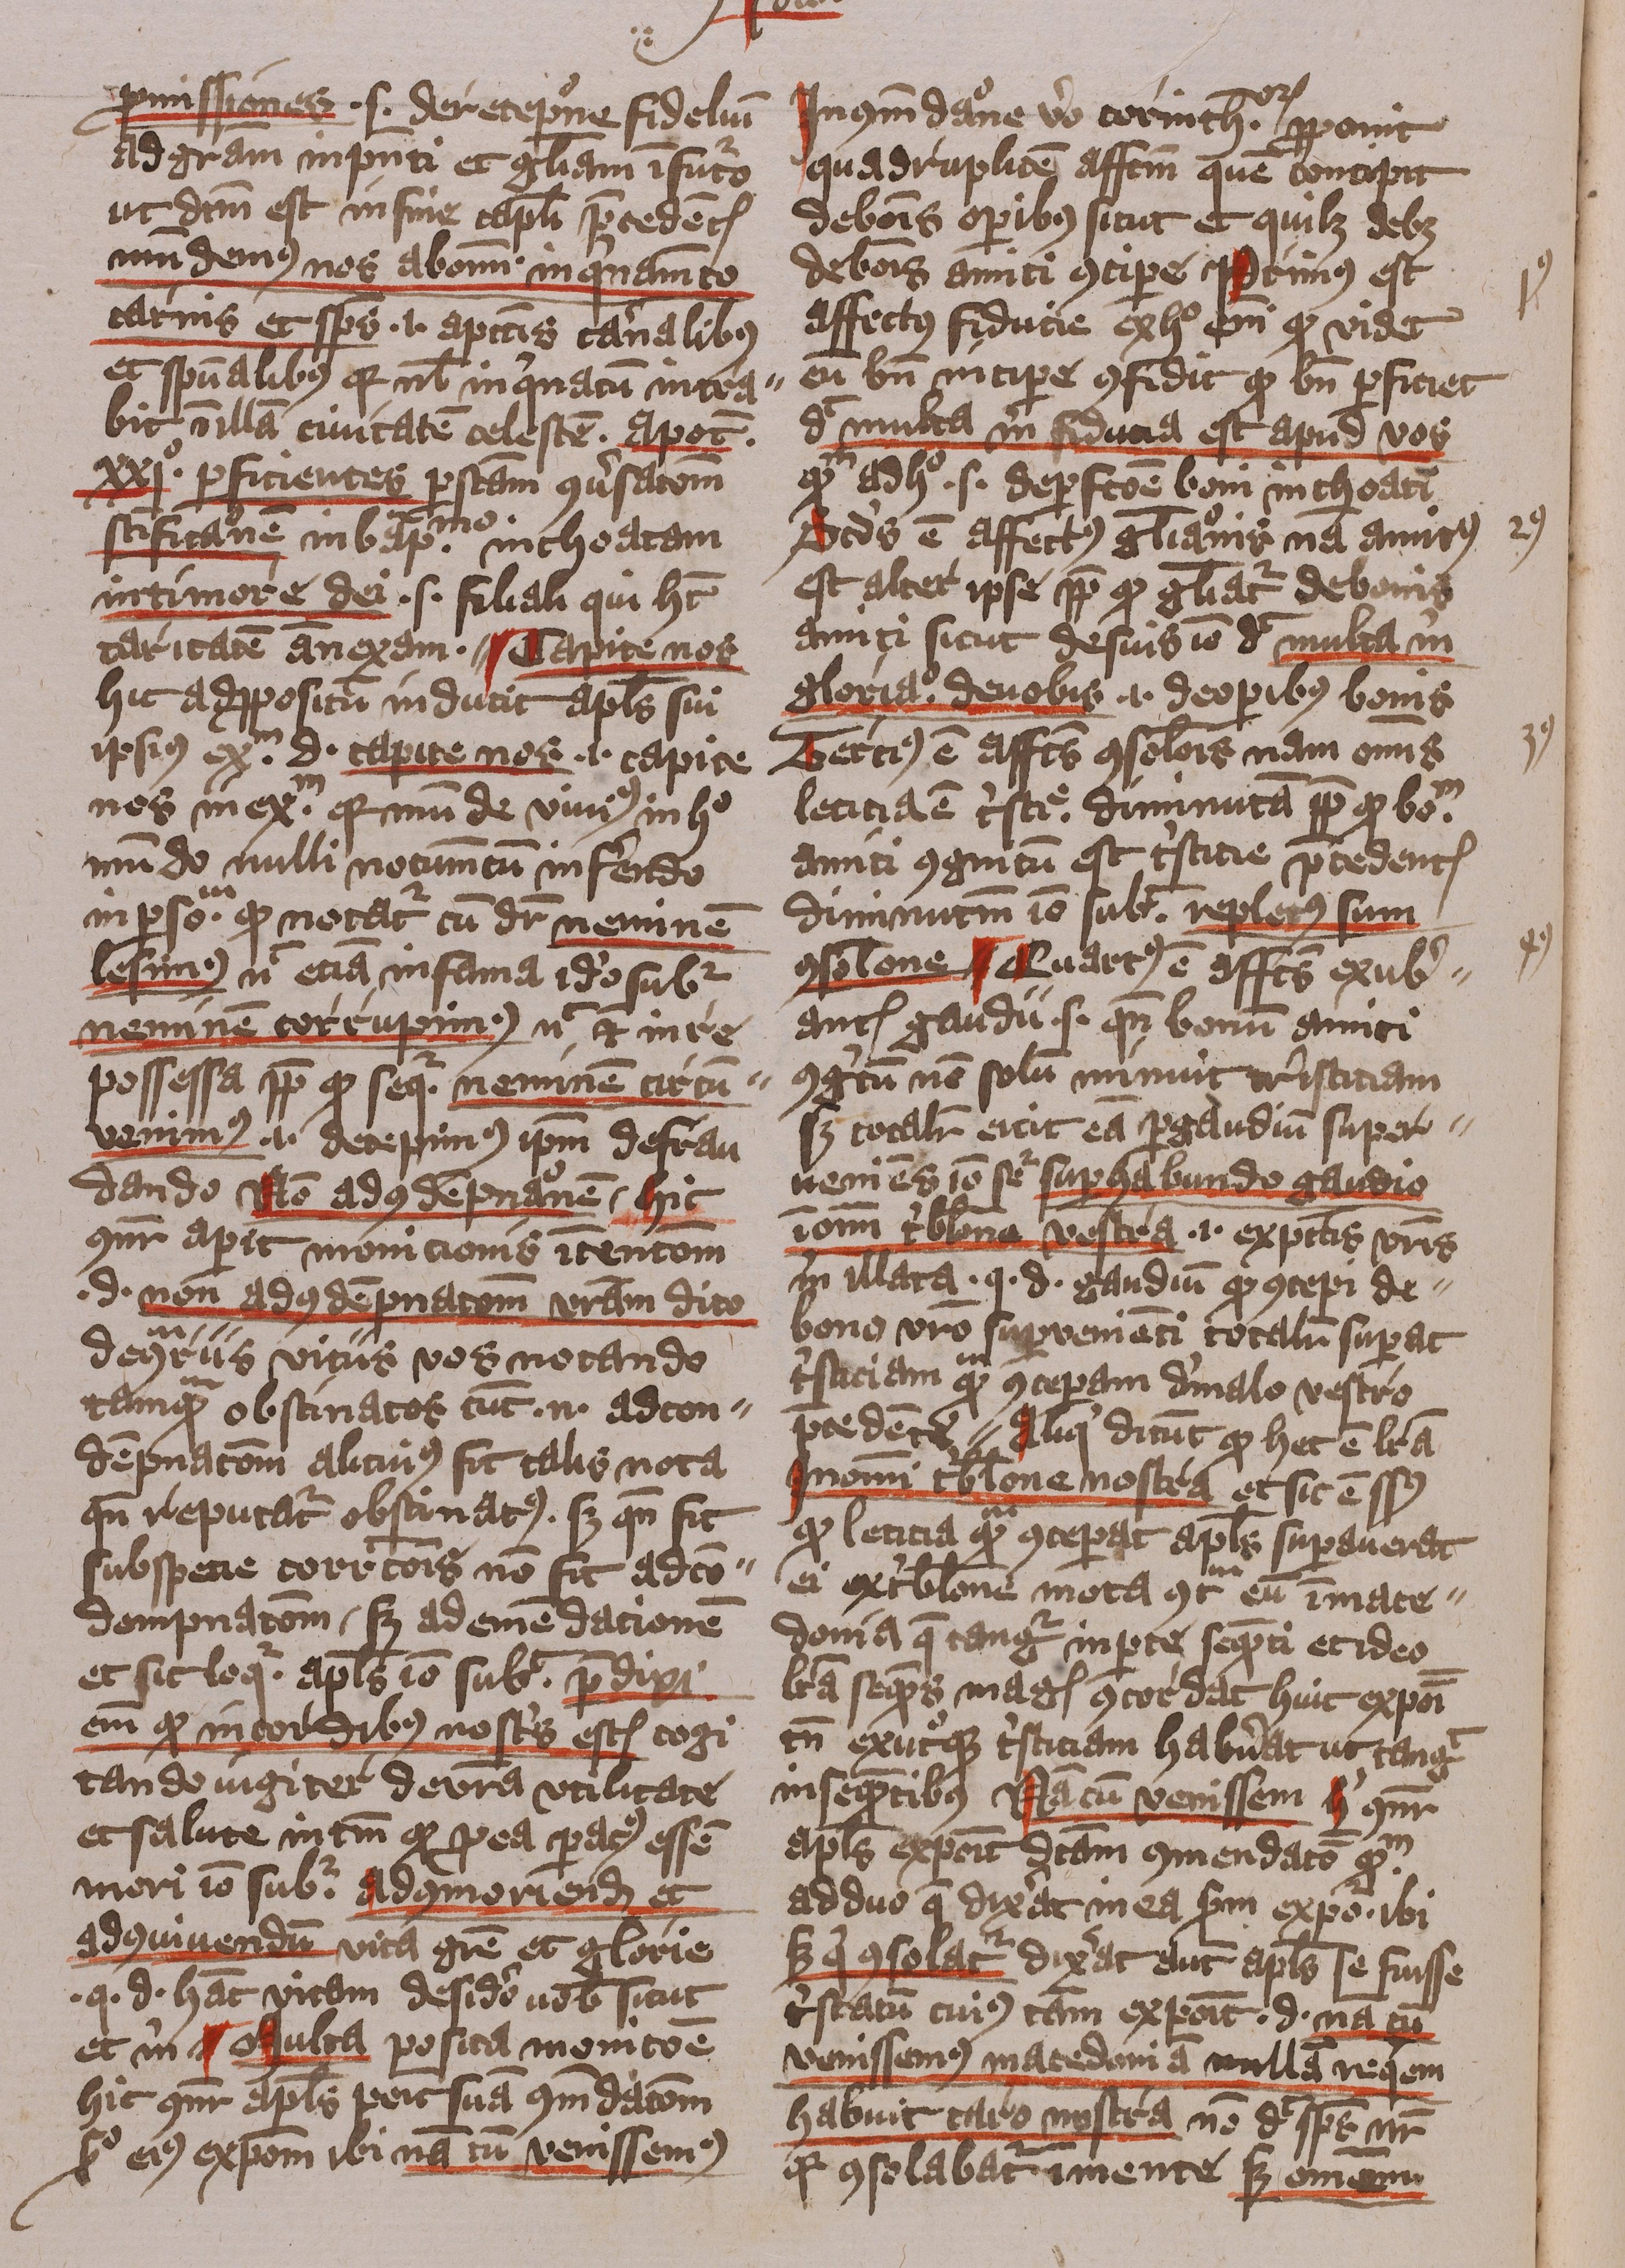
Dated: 1413–1415